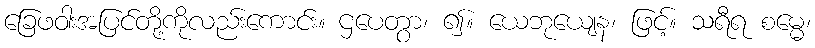
ခြေဖဝါးအပြင်တို့ကိုလည်းကောင်း။ ဌပေတွာ၊ ၍။ ယေဘုယျေန၊ ဖြင့်။ သရီရ စမ္မေ၊